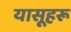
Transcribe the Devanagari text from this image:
यासूहरू